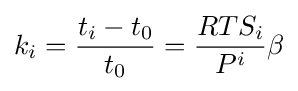
k_{i}={\frac {t_{i}-t_{0}}{t_{0}}}={\frac {RTS_{i}}{P^{i}}}\beta